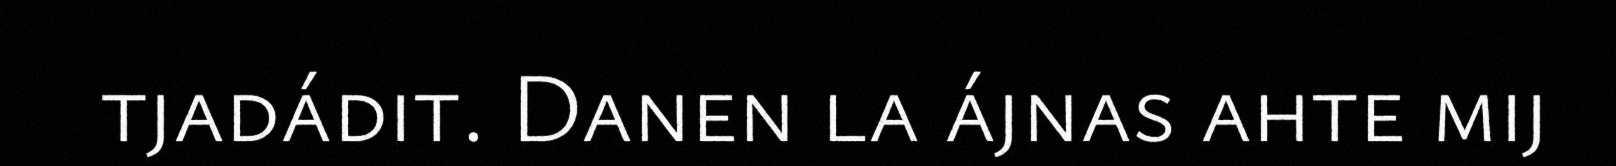
tjadádit. Danen la ájnas ahte mij